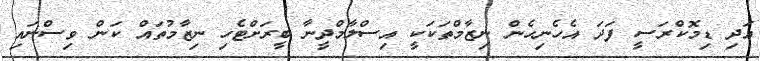
އަދި ޑިމޮކްރަސީ ފަދަ އެހެނިހެން ނިޒާމްތަކަކީ އިސްލާމްދީނާ ބީރަށްޓެހި ނިޒާމުތައް ކަން ވިސްނައި